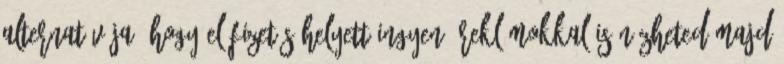
alternatívája, hogy előfizetés helyett ingyen, reklámokkal is nézheted majd